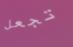
تجعل